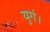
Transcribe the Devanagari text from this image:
युगं।